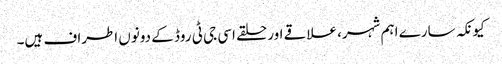
کیونکہ سارے اہم شہر، علاقے اور حلقے اسی جی ٹی روڈ کے دونوں اطراف ہیں۔